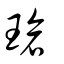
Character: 瑲